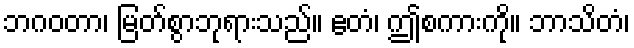
ဘဂဝတာ၊ မြတ်စွာဘုရားသည်။ ဧတံ၊ ဤစကားကို။ ဘာသိတံ၊